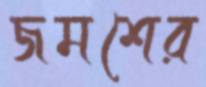
জমশের